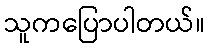
သူကပြောပါတယ်။